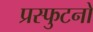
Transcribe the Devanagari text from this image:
प्रस्फुटनों